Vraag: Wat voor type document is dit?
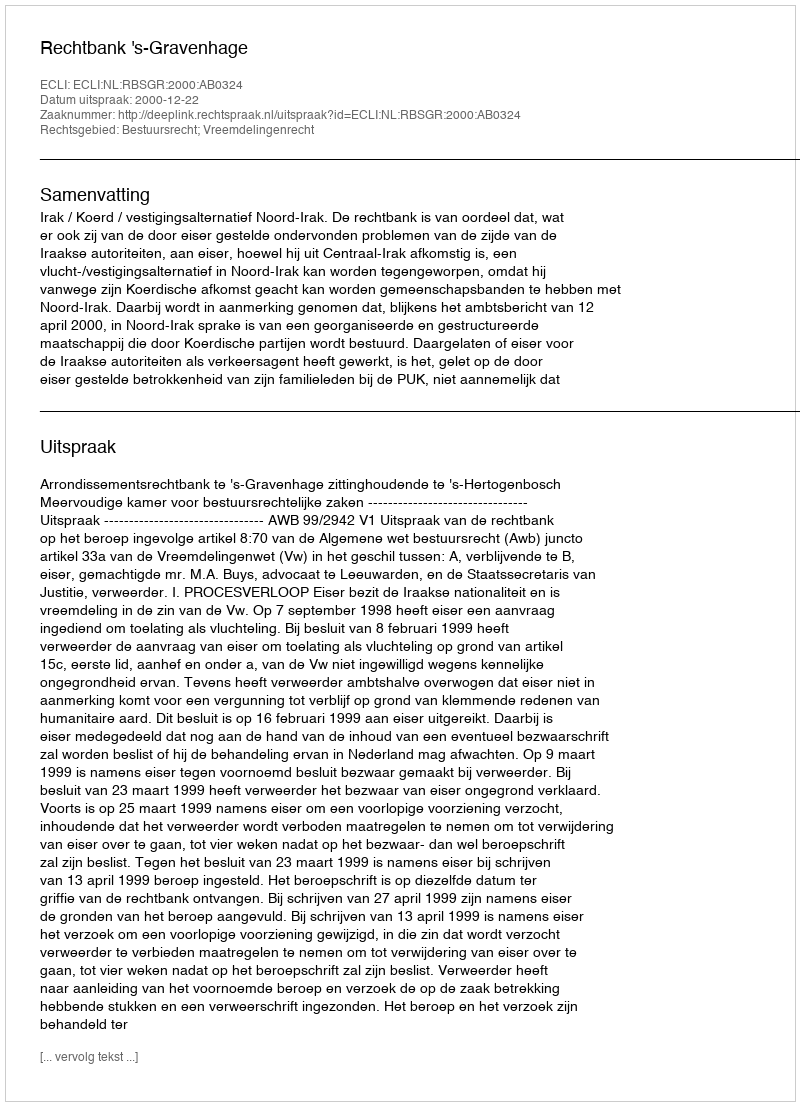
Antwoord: Uitspraak